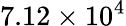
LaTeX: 7.12\times 10^{4}